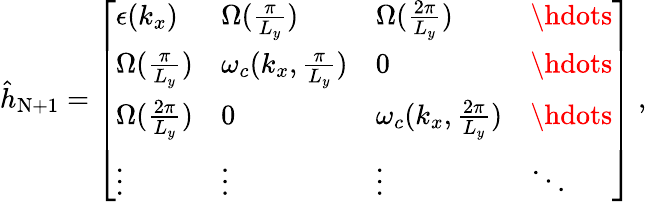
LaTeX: \begin{array}{r}{{\hat{h}}_{\mathrm{N+1}}=\left[\begin{array}{llll}{\epsilon(k_{x})}&{{\Omega}(\frac{\pi}{L_{y}})}&{{\Omega}(\frac{2\pi}{L_{y}})}&{\hdots}\\ {{\Omega}(\frac{\pi}{L_{y}})}&{\omega_{c}({k_{x},\frac{\pi}{L_{y}}})}&{0}&{\hdots}\\ {{\Omega}(\frac{2\pi}{L_{y}})}&{0}&{\omega_{c}({k_{x},\frac{2\pi}{L_{y}}})}&{\hdots}\\ {\vdots}&{\vdots}&{\vdots}&{\ddots}\end{array}\right]~,}\end{array}